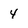
Character: 4